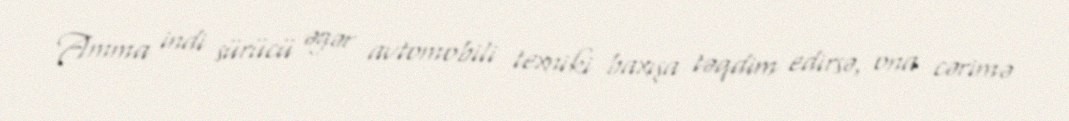
Amma indi sürücü əgər avtomobili texniki baxışa təqdim edirsə, ona cərimə